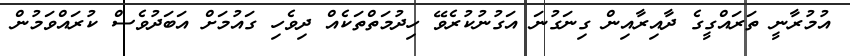
އުމުރާނީ ތަރައްގީގެ ދާއިރާއިން ގިނަގުނަ އަގުނުކުރެވޭ ހިދުމަތްތަކެއް ދިވެހި ގައުމަށް އަބަދުވެސް ކުރައްވަމުން